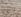
الى